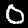
Label: 0